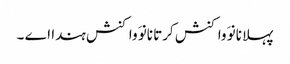
پہلا نانوَ واکنش کرتا نانوَ واکنش ہندا اے ۔